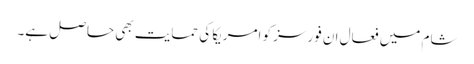
شام میں فعال ان فورسز کو امریکا کی حمایت بھی حاصل ہے۔